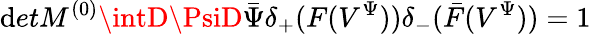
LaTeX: \mathrm{d}etM^{(0)}\intD\PsiD\bar{{\Psi}}\delta_{+}(F(V^{\Psi}))\delta_{-}(\bar{{F}}(V^{\Psi}))=1